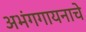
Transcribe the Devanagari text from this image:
अभंगगायनाचे